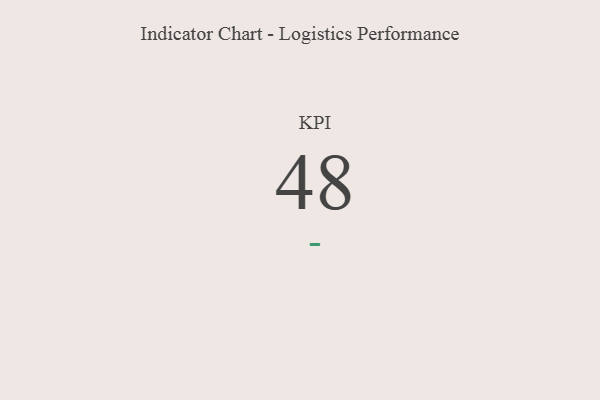
{"axis": {"x": "KPI", "y": "Value"}, "legend": [""], "data": [{"x": "KPI", "y": 48, "type": ""}]}